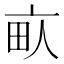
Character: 𰢾